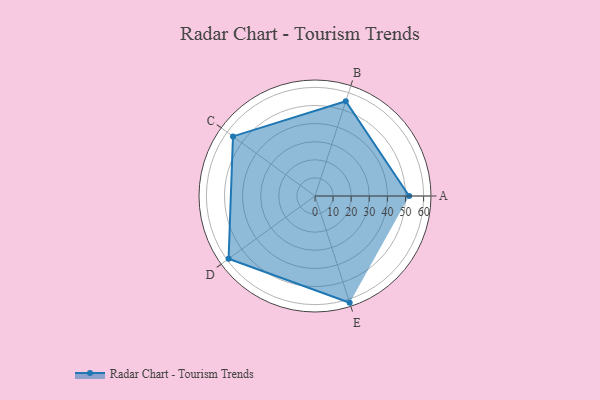
{"axis": {"x": "Skill", "y": "Score"}, "legend": ["Profile"], "data": [{"x": "A", "y": 52.0, "type": "Profile"}, {"x": "B", "y": 55.0, "type": "Profile"}, {"x": "C", "y": 56.0, "type": "Profile"}, {"x": "D", "y": 59.0, "type": "Profile"}, {"x": "E", "y": 62.0, "type": "Profile"}]}